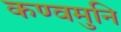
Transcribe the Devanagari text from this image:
कण्वमुनि